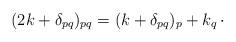
LaTeX: \begin{align*}(2k+\delta_{pq})_{pq} = (k+\delta_{pq})_p+k_q\,\cdot\end{align*}